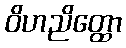
ဝိဟညိတ္ထော